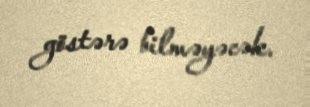
göstərə bilməyəcək.